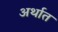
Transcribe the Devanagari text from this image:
अर्थात